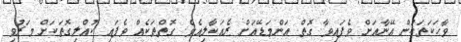
ވާހަކަތަކުން އޭނާއަށް ވެފައިވާ ގޮތް އަންމަޑޭއަށް ރެއަކާލިއެވެ. ގޮތްތަކެއް ވެފައި ކުއްލިގޮތަކަށް މަރުވި